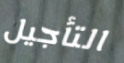
التأجيل